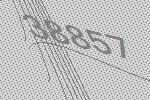
38857